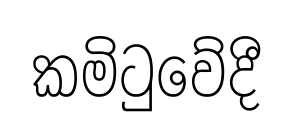
කමිටුවේදී